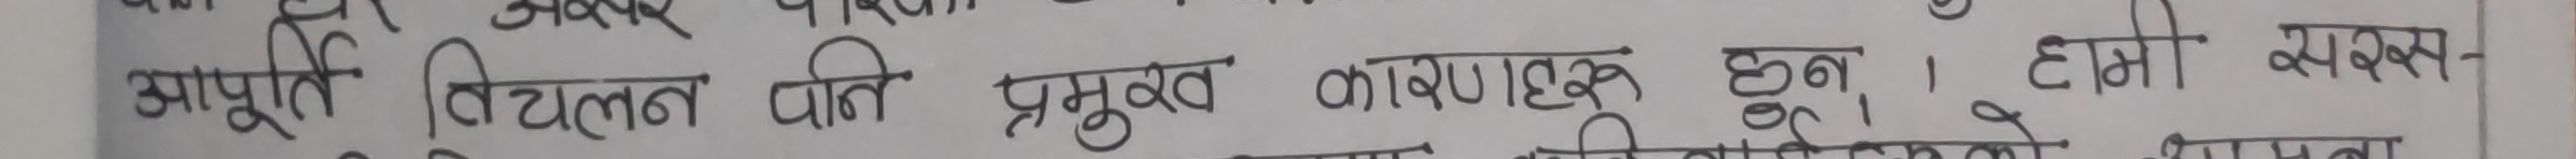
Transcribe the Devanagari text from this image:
आपूर्ति विचलन प्रति प्रमुख कारणहरू हुन्। हामी यस